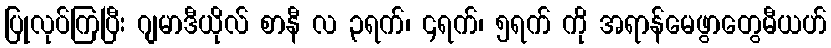
ပြုလုပ်ကြပြီး ဂျမာဒီယိုလ် စာနီ လ ၃ရက်၊ ၄ရက်၊ ၅ရက် ကို အရာန်မေဖွာတွေမီယဟ်